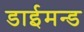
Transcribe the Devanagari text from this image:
डाईमन्ड